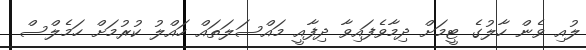
ލުއި ވެން ހާލުގެ ޓީމަށް ދިމާވެފައިވާ ދިފާއީ މައްސަލަތައް ހައްލު ކުރުމަށް ހަމެލްސް